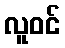
လူဝင်